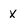
Character: x